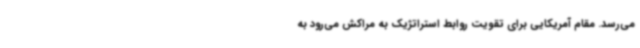
می‌رسد. مقام آمریکایی برای تقویت روابط استراتژیک به مراکش می‌رود به